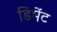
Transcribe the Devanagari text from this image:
डिमेंट